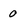
Character: 0